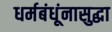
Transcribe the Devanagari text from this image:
धर्मबंधूंनासुद्धा